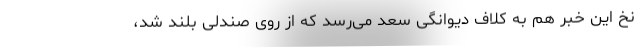
نخ این خبر هم به کلاف دیوانگی سعد می‌رسد که از روی صندلی بلند شد،